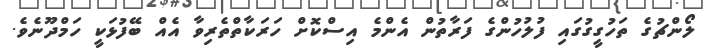
ލޯންޗުގެ ތަހުގީގުގައި ފުލުހުންގެ ފަރާތުން އެންމެ އިސްކޮށް ހަރަކާތްތެރިވާ އެއް ބޭފުޅަކީ ހަމްދޫނެވެ.